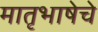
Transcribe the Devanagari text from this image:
मातृभाषेचे